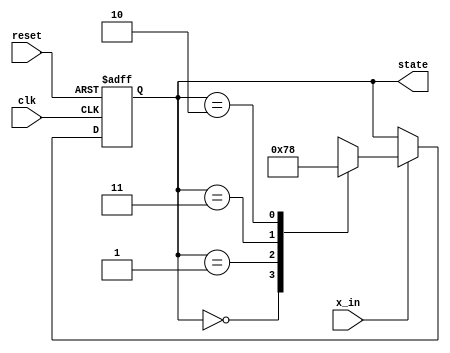
module Ass_4_3_v(
input clk,
input reset,
input x_in,
output[1:0] state
    );
    reg [1:0] state,next_state;
    parameter S0 = 2'b00,S1 = 2'b01,S2 = 2'b10,S3 = 2'b11;
always @(posedge clk,posedge reset)
begin
    if (reset)
    begin
        state <= S0;
    end
    else
    begin 
        state <= next_state;
    end    
end

always @(state,x_in)
  begin
     if (x_in)
     begin
         case(state)
         S0 :next_state <= S1;
         S1 :next_state <= S3;
         S3 :next_state <= S2;
         S2 :next_state <= S0;
         endcase
     end
     else 
     begin
         next_state <= state;
     end    
 end    
  
endmodule